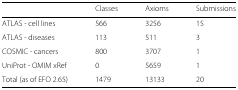
<table><thead><tr><td></td><td><b>Classes</b></td><td><b>Axioms</b></td><td><b>Submissions</b></td></tr></thead><tbody><tr><td>ATLAS - cell lines</td><td>566</td><td>3256</td><td>15</td></tr><tr><td>ATLAS - diseases</td><td>113</td><td>511</td><td>3</td></tr><tr><td>COSMIC - cancers</td><td>800</td><td>3707</td><td>1</td></tr><tr><td>UniProt - OMIM xRef</td><td>0</td><td>5659</td><td>1</td></tr><tr><td>Total (as of EFO 2.65)</td><td>1479</td><td>13133</td><td>20</td></tr></tbody></table>